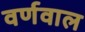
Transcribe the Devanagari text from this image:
वर्णवाल